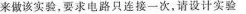
来做该实验，要求电路只连接一次，请设计实验